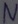
Text: N